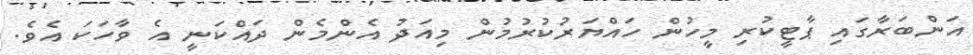
އަންބަރާގައި ޕާޓީކުރި މީހުން ހައްޔަރުކުރުމުން މިއަދު އެންމެން ދައްކަނީ އެ ވާހަކަ އެވެ.